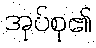
အုပ်စု၏